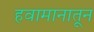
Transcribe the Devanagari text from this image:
हवामानातून